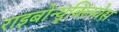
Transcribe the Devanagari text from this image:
राइबोन्यूक्लियेस